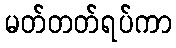
မတ်တတ်ရပ်ကာ